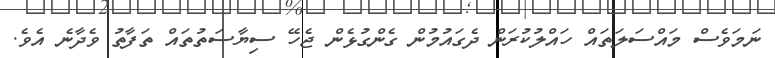
ނަމަވެސް މައްސަލަތައް ހައްލުކުރަން ދެގައުމުން ގެންގުޅެން ޖެހޭ ސިޔާސަތުތައް ތަފާތު ވެދާނެ އެވެ.